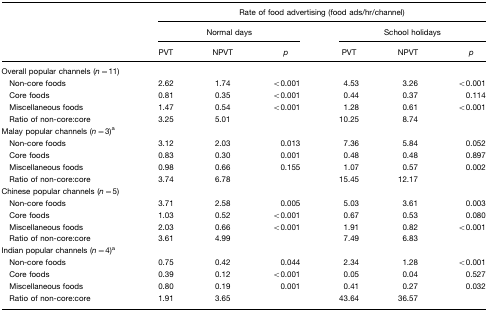
<table><thead><tr><td></td><td colspan="6"><b>Rate of food advertising (food ads/hr/channel)</b></td></tr><tr><td></td><td colspan="3"><b>Normal days</b></td><td colspan="3"><b>School holidays</b></td></tr><tr><td></td><td><b>PVT</b></td><td><b>NPVT</b></td><td><b><i>p</i></b></td><td><b>PVT</b></td><td><b>NPVT</b></td><td><b><i>p</i></b></td></tr></thead><tbody><tr><td>Overall popular channels (<i>n=</i>11)</td><td></td><td></td><td></td><td></td><td></td><td></td></tr><tr><td> Non-core foods</td><td>2.62</td><td>1.74</td><td>&lt;0.001</td><td>4.53</td><td>3.26</td><td>&lt;0.001</td></tr><tr><td> Core foods</td><td>0.81</td><td>0.35</td><td>&lt;0.001</td><td>0.44</td><td>0.37</td><td>0.114</td></tr><tr><td> Miscellaneous foods</td><td>1.47</td><td>0.54</td><td>&lt;0.001</td><td>1.28</td><td>0.61</td><td>&lt;0.001</td></tr><tr><td> Ratio of non-core:core</td><td>3.25</td><td>5.01</td><td></td><td>10.25</td><td>8.74</td><td></td></tr><tr><td>Malay popular channels (<i>n=</i>3)a</td><td></td><td></td><td></td><td></td><td></td><td></td></tr><tr><td> Non-core foods</td><td>3.12</td><td>2.03</td><td>0.013</td><td>7.36</td><td>5.84</td><td>0.052</td></tr><tr><td> Core foods</td><td>0.83</td><td>0.30</td><td>0.001</td><td>0.48</td><td>0.48</td><td>0.897</td></tr><tr><td> Miscellaneous foods</td><td>0.98</td><td>0.66</td><td>0.155</td><td>1.07</td><td>0.57</td><td>0.002</td></tr><tr><td> Ratio of non-core:core</td><td>3.74</td><td>6.78</td><td></td><td>15.45</td><td>12.17</td><td></td></tr><tr><td>Chinese popular channels (<i>n=</i>5)</td><td></td><td></td><td></td><td></td><td></td><td></td></tr><tr><td> Non-core foods</td><td>3.71</td><td>2.58</td><td>0.005</td><td>5.03</td><td>3.61</td><td>0.003</td></tr><tr><td> Core foods</td><td>1.03</td><td>0.52</td><td>&lt;0.001</td><td>0.67</td><td>0.53</td><td>0.080</td></tr><tr><td> Miscellaneous foods</td><td>2.03</td><td>0.66</td><td>&lt;0.001</td><td>1.91</td><td>0.82</td><td>&lt;0.001</td></tr><tr><td> Ratio of non-core:core</td><td>3.61</td><td>4.99</td><td></td><td>7.49</td><td>6.83</td><td></td></tr><tr><td>Indian popular channels (<i>n=</i>4)a</td><td></td><td></td><td></td><td></td><td></td><td></td></tr><tr><td> Non-core foods</td><td>0.75</td><td>0.42</td><td>0.044</td><td>2.34</td><td>1.28</td><td>&lt;0.001</td></tr><tr><td> Core foods</td><td>0.39</td><td>0.12</td><td>&lt;0.001</td><td>0.05</td><td>0.04</td><td>0.527</td></tr><tr><td> Miscellaneous foods</td><td>0.80</td><td>0.19</td><td>0.001</td><td>0.41</td><td>0.27</td><td>0.032</td></tr><tr><td> Ratio of non-core:core</td><td>1.91</td><td>3.65</td><td></td><td>43.64</td><td>36.57</td><td></td></tr></tbody></table>